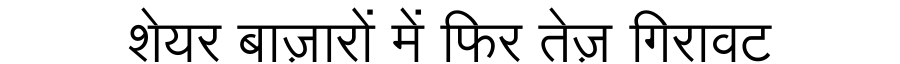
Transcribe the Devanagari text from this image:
शेयर बाज़ारों में फिर तेज़ गिरावट